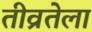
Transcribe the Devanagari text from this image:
तीव्रतेला